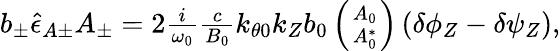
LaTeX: \begin{array}{r}{b_{\pm}\hat{\epsilon}_{A\pm}A_{\pm}=2\frac{i}{\omega_{0}}\frac{c}{B_{0}}k_{\theta 0}k_{Z}b_{0}\left(A_{0}\atop A_{0}^{*}\right)\left(\delta\phi_{Z}-\delta\psi_{Z}\right),}\end{array}